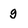
Character: g